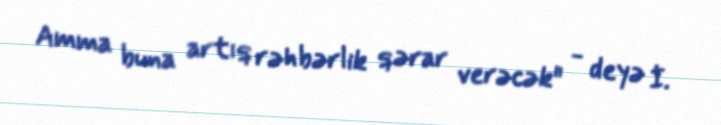
Amma buna artıq rəhbərlik qərar verəcək" - deyə İ.